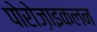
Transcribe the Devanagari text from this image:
पोरोज़ाइकलन